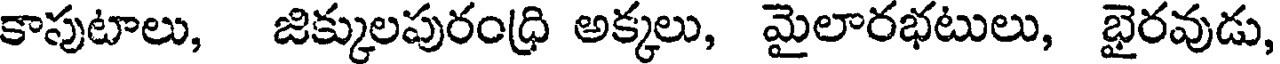
కాపుటాలు, జిక్కులపురంధ్రి అక్కలు, మైలారభటులు, భైరవుడు,